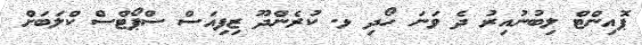
ޕޮއިންޓް ލިބުނުއިރު ދެ ވަނަ ހޯދި ޅ. ކުރެންދޫ ޒިފިއަސް ސްޕޯޓްސް ކްލަބަށް